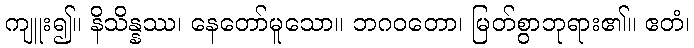
ကျူး၍။ နိသိန္နဿ၊ နေတော်မူသော။ ဘဂဝတော၊ မြတ်စွာဘုရား၏။ ဧတံ၊